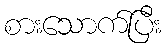
စားသောက်ပြီး